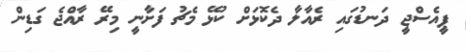
ޕީއެސްޖީ ދަނޑުގައި ރެއާލާ ދެކޮޅަށް ކުޅޭ މެޗު ފަށާނީ މިރޭ ރާއްޖެ ގަޑިން